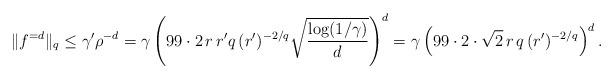
LaTeX: \begin{align*} \|f^{=d}\|_q \leq \gamma' \rho^{-d} = \gamma \left( 99\cdot2 \, r \, r' q \, (r')^{-2/q} \sqrt{\frac{\log(1 / \gamma)}{d}} \right)^d = \gamma \left( 99\cdot2\cdot\sqrt{2} \, r \, q \, (r')^{-2/q} \right)^d. \end{align*}